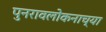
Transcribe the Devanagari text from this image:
पुनरावलोकनाच्या